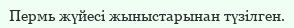
Пермь жүйесі жыныстарынан түзілген.